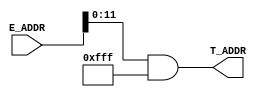
module TRANSLATE (
	input wire [31:0] E_ADDR,

	output wire [11:0] T_ADDR
	);

	reg[11:0] temp_T_ADDR;
	assign T_ADDR = temp_T_ADDR;
	initial temp_T_ADDR = 0;

	always @ (*) begin
		temp_T_ADDR = E_ADDR & 12'hFFF;
	end

endmodule